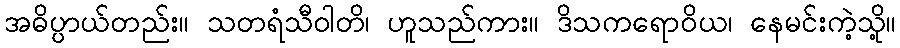
အဓိပ္ပာယ်တည်း။ သတရံသီဝါတိ၊ ဟူသည်ကား။ ဒိသကရောဝိယ၊ နေမင်းကဲ့သို့။